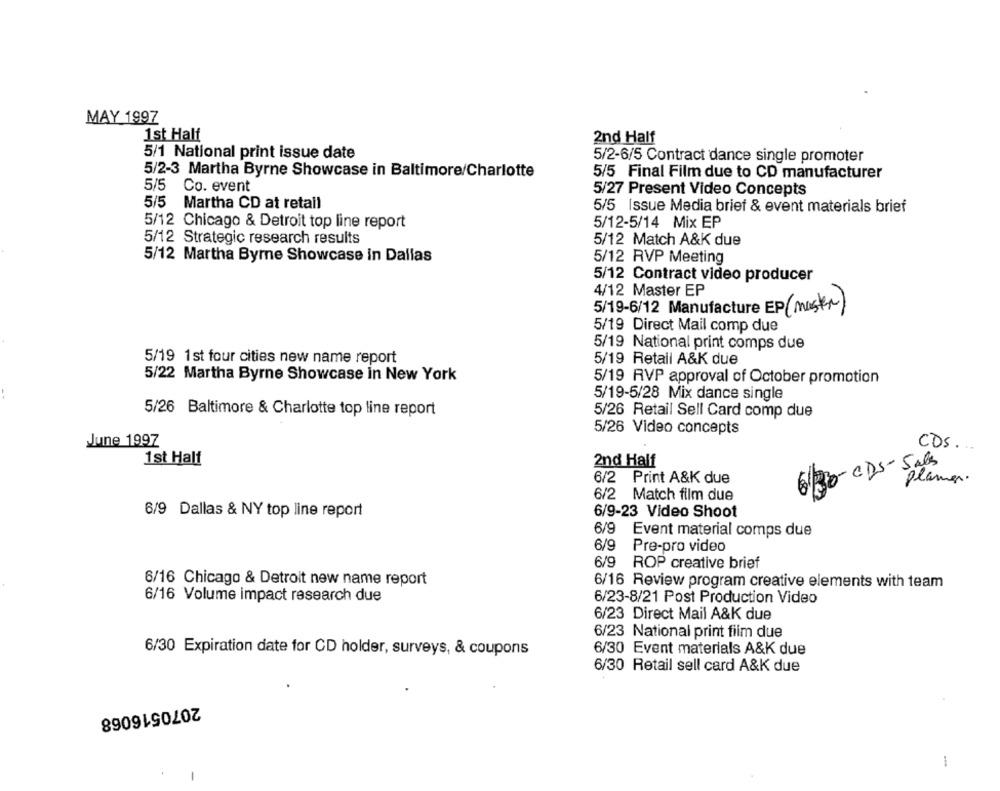
MAY 1997
1st Half
2nd Half
5/1 National print issue date
5/2-6/5 Contract dance single promoter
5/2-3 Martha Byrne Showcase in Baltimore/Charlotte
5/5 Final Film due to CD manufacturer
5/5
Co. event
5/27 Present Video Concepts
5/5 Martha CD at retail
5/5 Issue Media brief & event materials brief
5/12 Chicago & Detroit top line report
5/12-5/14 Mix EP
5/12 Strategic research results
5/12 Match A&K due
5/12 Martha Bymne Showcase in Dallas
5/12 RVP Meeting
5/12 Contract video producer
4/12 Master EP
5/19-6/12 Manufacture EP (master)
5/19 Direct Mail comp due
5/19 National print comps due
5/19 1st four cities new name report
5/19 Retail A&K due
5/22 Martha Byrne Showcase in New York
5/19 RVP approval of October promotion
5/19-5/28 Mix dance single
5/26 Baltimore & Charlotte top line report
5/26 Retail Sell Card comp due
5/26 Video concepts
June 1997
CDS ..
1st Half
2nd Half
61/30- CDS- 5als
6/2 Print A&K due
planen.
6/2 Match film due
6/9 Dallas & NY top line report
6/9-23 Video Shoot
6/9 Event material comps due
6/9
Pre-pro video
ROP creative brief
6/16 Chicago & Detroit new name report
6/16 Review program creative elements with team
6/16 Volume impact research due
6/23-8/21 Post Production Video
6/23 Direct Mail A&K due
6/23 National print film due
6/30 Expiration date for CD holder, surveys, & coupons
6/30 Event materials A&K due
6/30 Retail sell card A&K due
2070516068
-